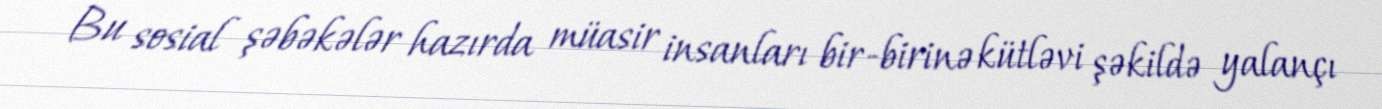
Bu sosial şəbəkələr hazırda müasir insanları bir-birinə kütləvi şəkildə yalançı